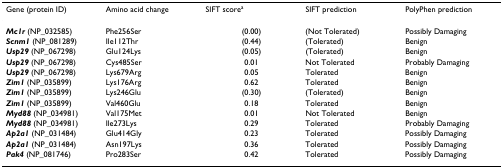
<table><thead><tr><td><b>Gene (protein ID)</b></td><td><b>Amino acid change</b></td><td><b>SIFT score<sup>a</sup></b></td><td><b>SIFT prediction</b></td><td><b>PolyPhen prediction</b></td></tr></thead><tbody><tr><td><b><i>Mc1r </i></b>(NP_032585)</td><td>Phe256Ser</td><td>(0.00)</td><td>(Not Tolerated)</td><td>Possibly Damaging</td></tr><tr><td><b><i>Scnm1 </i></b>(NP_081289)</td><td>Ile112Thr</td><td>(0.44)</td><td>(Tolerated)</td><td>Benign</td></tr><tr><td><b><i>Usp29 </i></b>(NP_067298)</td><td>Glu124Lys</td><td>(0.05)</td><td>(Tolerated)</td><td>Benign</td></tr><tr><td><b><i>Usp29 </i></b>(NP_067298)</td><td>Cys485Ser</td><td>0.01</td><td>Not Tolerated</td><td>Probably Damaging</td></tr><tr><td><b><i>Usp29 </i></b>(NP_067298)</td><td>Lys679Arg</td><td>0.05</td><td>Tolerated</td><td>Benign</td></tr><tr><td><b><i>Zim1 </i></b>(NP_035899)</td><td>Lys176Arg</td><td>0.62</td><td>Tolerated</td><td>Benign</td></tr><tr><td><b><i>Zim1 </i></b>(NP_035899)</td><td>Lys246Glu</td><td>(0.30)</td><td>(Tolerated)</td><td>Benign</td></tr><tr><td><b><i>Zim1 </i></b>(NP_035899)</td><td>Val460Glu</td><td>0.18</td><td>Tolerated</td><td>Benign</td></tr><tr><td><b><i>Myd88 </i></b>(NP_034981)</td><td>Val175Met</td><td>0.01</td><td>Not Tolerated</td><td>Benign</td></tr><tr><td><b><i>Myd88 </i></b>(NP_034981)</td><td>Ile273Lys</td><td>0.29</td><td>Tolerated</td><td>Probably Damaging</td></tr><tr><td><b><i>Ap2a1 </i></b>(NP_031484)</td><td>Glu414Gly</td><td>0.23</td><td>Tolerated</td><td>Possibly Damaging</td></tr><tr><td><b><i>Ap2a1 </i></b>(NP_031484)</td><td>Asn197Lys</td><td>0.36</td><td>Tolerated</td><td>Possibly Damaging</td></tr><tr><td><b><i>Pak4 </i></b>(NP_081746)</td><td>Pro283Ser</td><td>0.42</td><td>Tolerated</td><td>Possibly Damaging</td></tr></tbody></table>